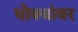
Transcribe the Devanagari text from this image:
धोक्यांवर